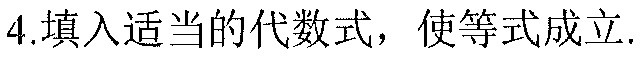
4.填入适当的代数式，使等式成立.